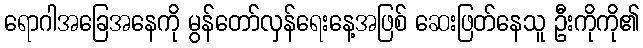
ရောဂါအခြေအနေကို မွန်တော်လှန်ရေးနေ့အဖြစ် ဆေးဖြတ်နေသူ ဦးကိုကို၏